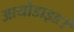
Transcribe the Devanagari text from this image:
आयोडाइड।